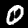
Label: 0